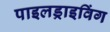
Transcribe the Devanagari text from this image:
पाइलड्राइविंग